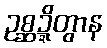
ဥစ္ဆဍ္ဍိတွာန